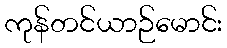
ကုန်တင်ယာဉ်မောင်း